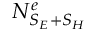
N _ { S _ { E } + S _ { H } } ^ { e }